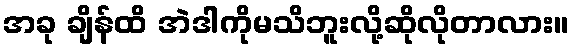
အခု ချိန်ထိ အဲဒါကိုမသိဘူးလို့ဆိုလိုတာလား။